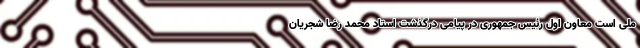
ملی است معاون اول رئیس جمهوری در پیامی درگذشت استاد محمد رضا شجریان